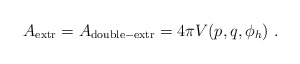
\begin{align*}A_{\rm extr} =A_{\rm double-extr} = 4\pi V(p,q,\phi_h)\ .\end{align*}